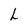
Character: L